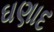
ઘણાદ